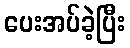
ပေးအပ်ခဲ့ပြီး